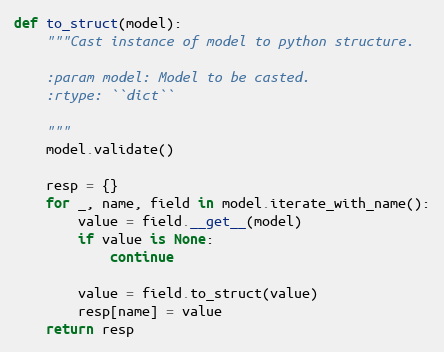
Language: Python
def to_struct(model):
    """Cast instance of model to python structure.

    :param model: Model to be casted.
    :rtype: ``dict``

    """
    model.validate()

    resp = {}
    for _, name, field in model.iterate_with_name():
        value = field.__get__(model)
        if value is None:
            continue

        value = field.to_struct(value)
        resp[name] = value
    return resp